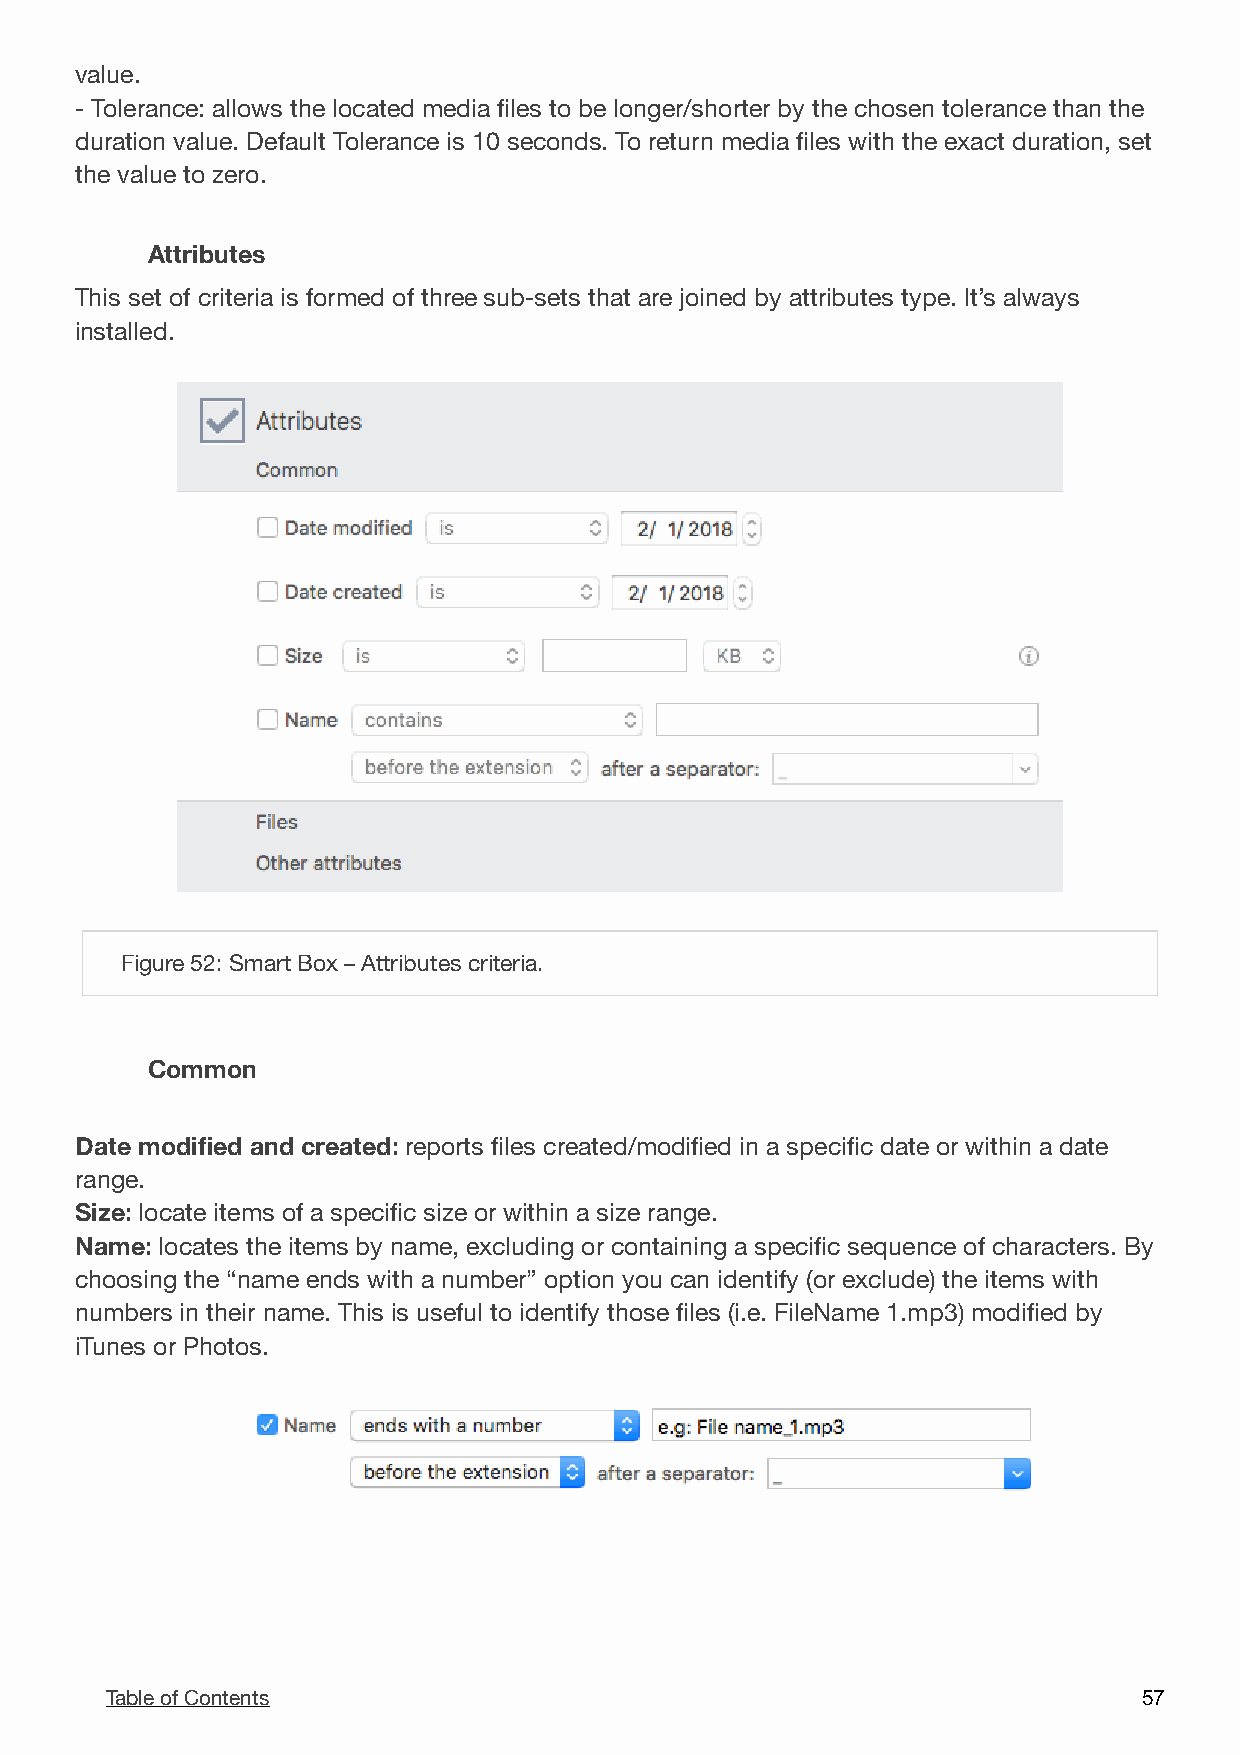
value.
 - Tolerance: allows the located media files to be longer/shorter by the chosen tolerance than the
 duration value. Default Tolerance is 10 seconds. To return media files with the exact duration, set
 the value to zero.
 Attributes
 This set of criteria is formed of three sub-sets that are joined by attributes type. It’s always
 installed.
 !
 Figure 52: Smart Box – Attributes criteria.
 Common
 Date modified and created: reports files created/modified in a specific date or within a date
 range.
 Size: locate items of a specific size or within a size range.
 Name: locates the items by name, excluding or containing a specific sequence of characters. By
 choosing the “name ends with a number” option you can identify (or exclude) the items with
 numbers in their name. This is useful to identify those files (i.e. FileName 1.mp3) modified by
 iTunes or Photos.

 Table of Contents                                                    5 7